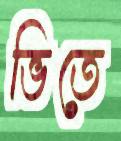
ভিতে